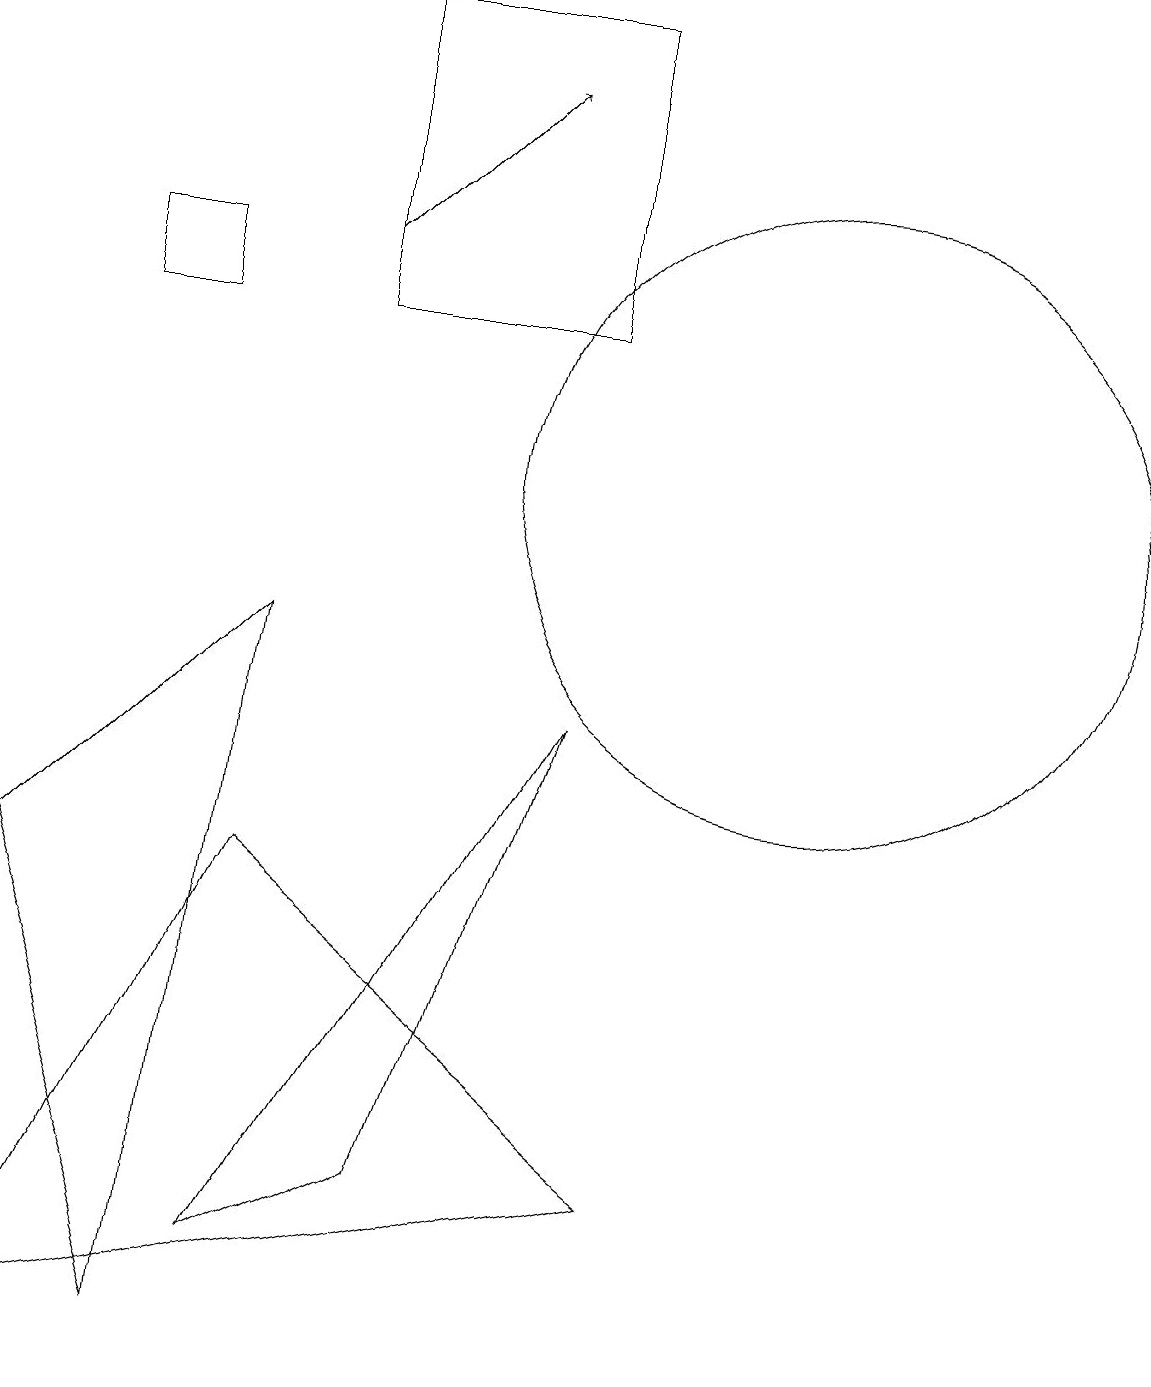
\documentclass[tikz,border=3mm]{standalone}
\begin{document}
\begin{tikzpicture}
\draw (5,2) -- (7,8) -- (3,1) -- cycle;
\draw (7,17) rectangle (4,13);
\draw (0,6) -- (3,9) -- (2,0) -- cycle;
\draw (1,13) rectangle (2,14);
\draw (3,6) -- (0,0) -- (8,2) -- cycle;
\draw[->] (4,14) -- (6,16);
\draw (10,11) circle (4);
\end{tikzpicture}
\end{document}